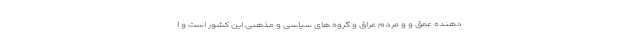
دهنده عمق و و مردم عراق و گروه های سیاسی و مذهبی این کشور است و ا